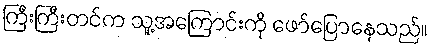
ကြီးကြီးတင်က သူ့အကြောင်းကို ဖော်ပြောနေသည်။